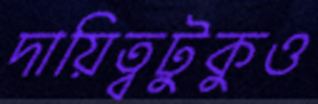
দায়িত্বটুকুও